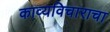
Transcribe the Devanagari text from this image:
काव्यविचाराचा